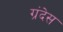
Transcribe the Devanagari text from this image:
ग्रंदेस